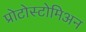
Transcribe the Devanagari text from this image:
प्रोटोस्टोमिअन